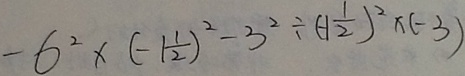
- 6 ^ { 2 } \times ( - 1 \frac { 1 } { 2 } ) ^ { 2 } - 3 ^ { 2 } \div ( - 1 \frac { 1 } { 2 } ) ^ { 2 } \times ( - 3 )